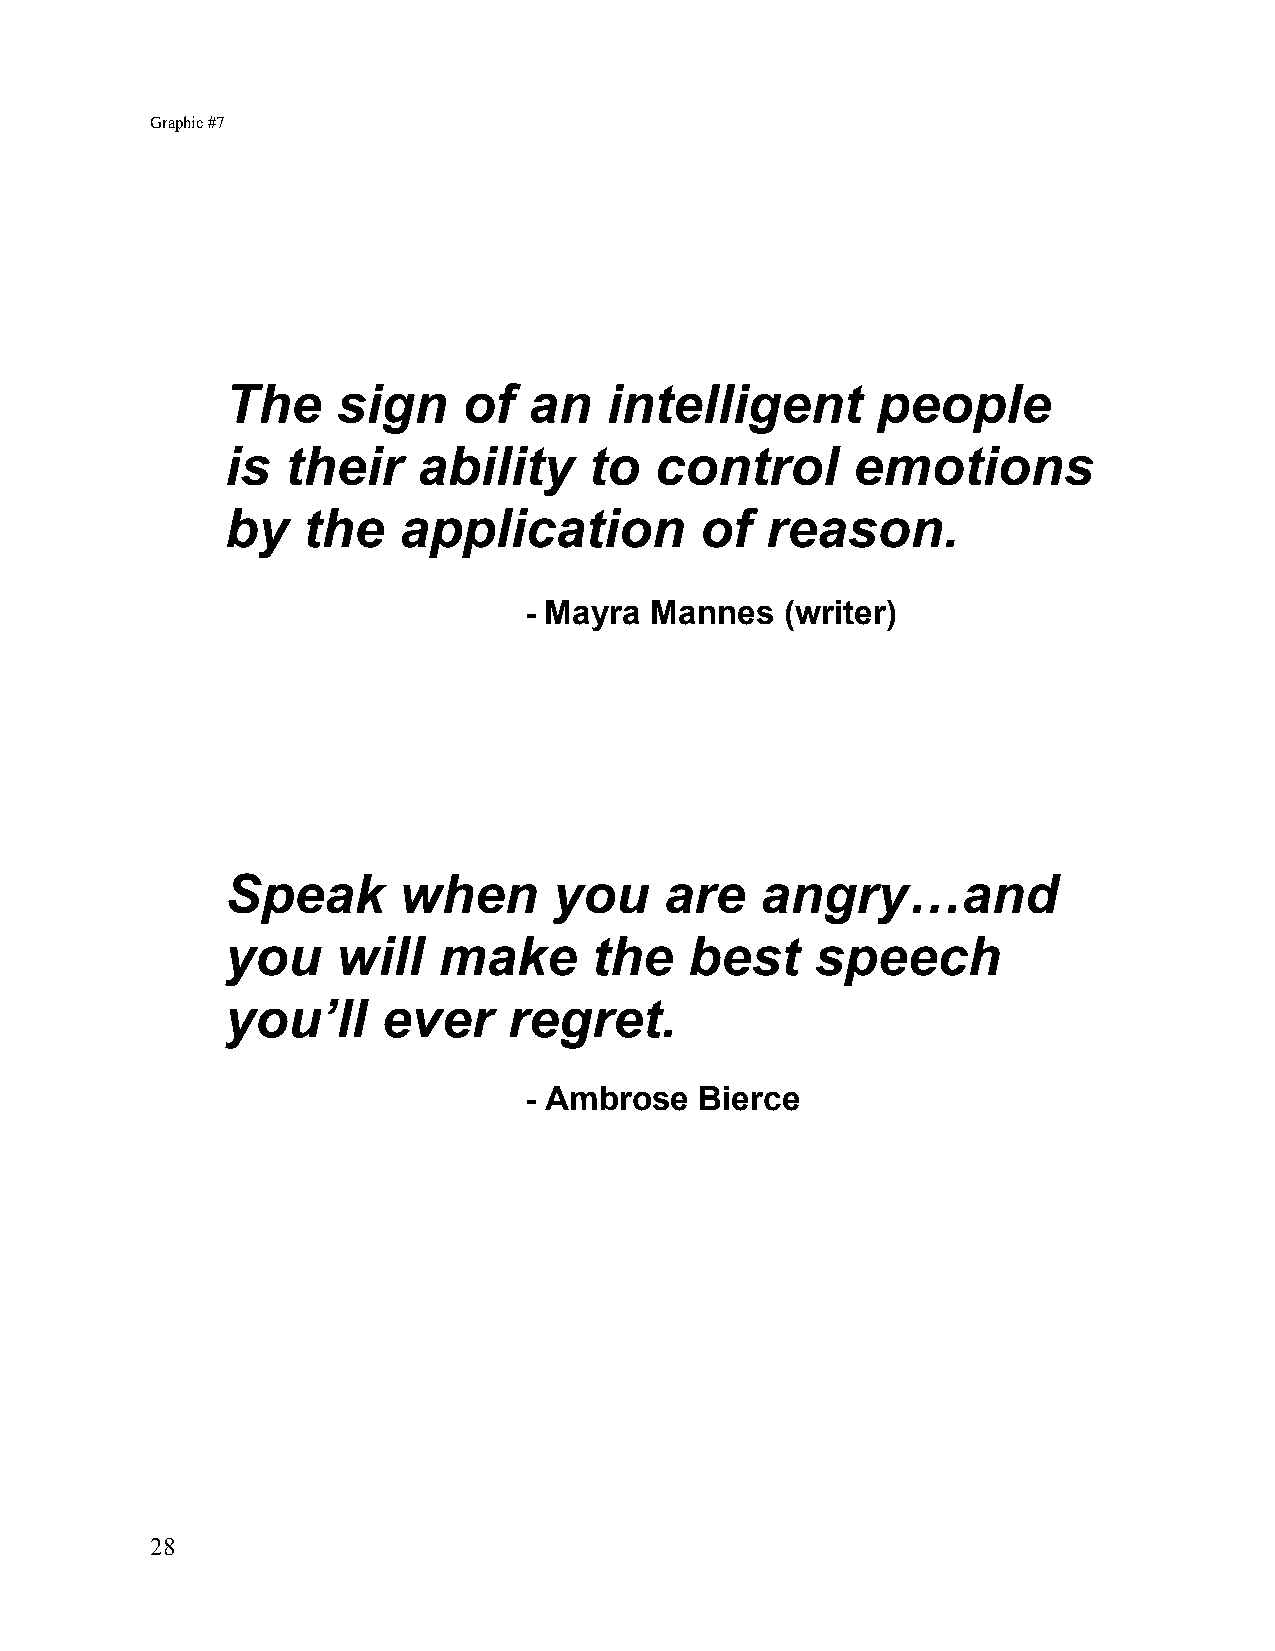
Graphic #7
 The    sign     of  an   intelligent       people
 is  their    ability    to  control      emotions
 by   the   application         of   reason.
 - Mayra Mannes   (writer)
 Speak      when       you    are   angry…and
 you    will   make      the    best    speech
 you’ll    ever     regret.
 - Ambrose  Bierce
 28